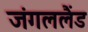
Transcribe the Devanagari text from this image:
जंगललैंड